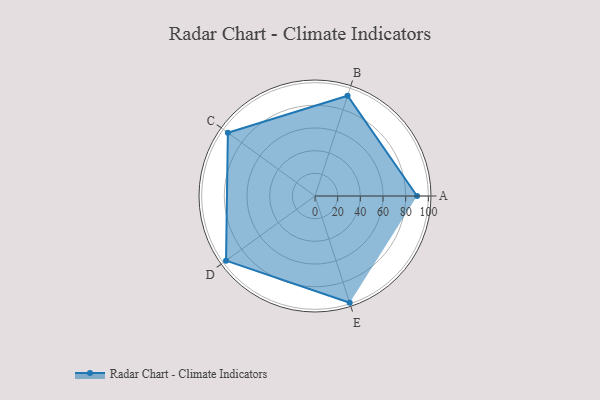
{"axis": {"x": "Skill", "y": "Score"}, "legend": ["Profile"], "data": [{"x": "A", "y": 90.0, "type": "Profile"}, {"x": "B", "y": 93.0, "type": "Profile"}, {"x": "C", "y": 95.0, "type": "Profile"}, {"x": "D", "y": 97.0, "type": "Profile"}, {"x": "E", "y": 99, "type": "Profile"}]}